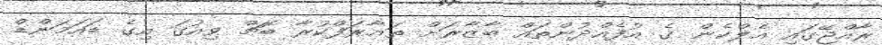
ރާއްޖޭގައި އެލްކެން ގެ އުފެއްދުންތައް ބާޒާރަށް ތަޢާރަފްކުރާ ބޮޗް ވިއުގަ އިގެ ޑައަމަންޑް